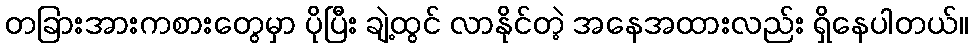
တခြားအားကစားတွေမှာ ပိုပြီး ချဲ့ထွင် လာနိုင်တဲ့ အနေအထားလည်း ရှိနေပါတယ်။